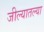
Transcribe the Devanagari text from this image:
जील्यातल्या